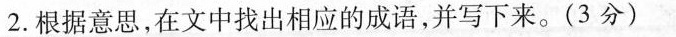
2.根据意思，在文中找出相应的成语，并写下来。(3分)